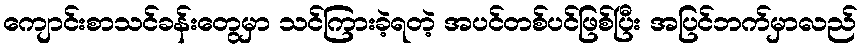
ကျောင်းစာသင်ခန်းတွေမှာ သင်ကြားခဲ့ရတဲ့ အပင်တစ်ပင်ဖြစ်ပြီး အပြင်ဘက်မှာလည်